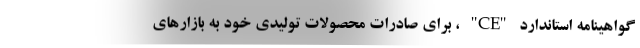
گواهینامه استاندارد "CE" ، برای صادرات محصولات توليدي خود به بازارهای